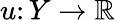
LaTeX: u\colon Y\rightarrow\mathbb{R}